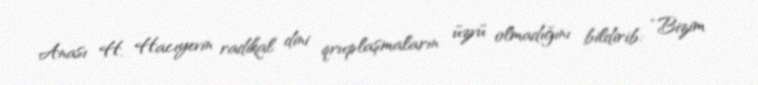
Anası H. Hacıyevin radikal dini qruplaşmaların üzvü olmadığını bildirib: “Bizim